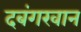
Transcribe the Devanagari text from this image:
दबंगखान